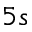
5 s